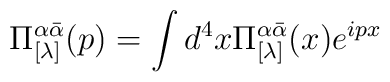
\Pi_{[\lambda]}^{\alpha\bar{\alpha}}(p)   =\int d^4x\Pi_{[\lambda]}^{\alpha\bar{\alpha}}(x)e^{ipx}